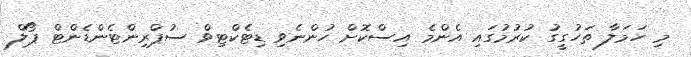
މި ހަމަލާ ތަހުގީގު ކުރުމުގައި އެންމެ އިސްކޮށް ހުންނެވި ޑިޓެކްޓިވް ސުޕްރިންޓެންޑެންޓް ޕޯލް